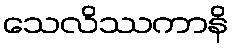
သေလိဿကာနိ